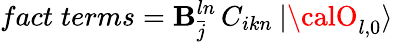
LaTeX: fact\; terms=\mathbf{B}_{\bar{{j}}}^{ln}\, C_{ikn}\: |{\calO}_{l,0}\rangle\,